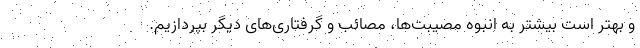
و بهتر است بیشتر به انبوه مصیبت‌ها، مصائب و گرفتاری‌های دیگر بپردازیم.